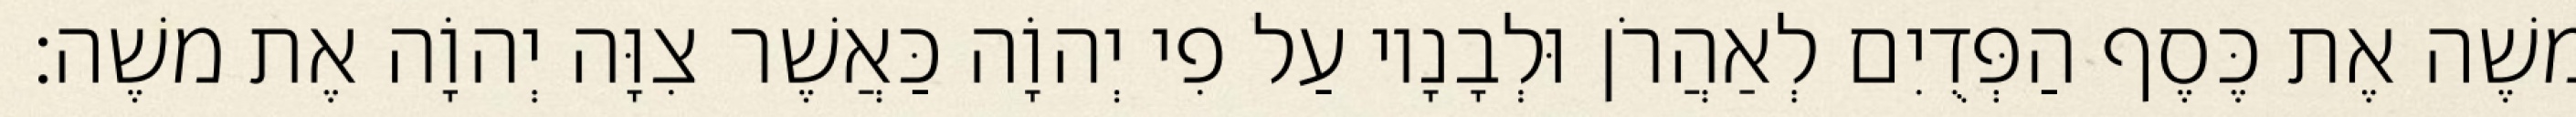
משֶׁה אֶת כֶּסֶף הַפְּדֻיִם לְאַהֲרֹן וּלְבָנָיו עַל פִי יְהוָֹה כַּאֲשֶׁר צִוָּה יְהוָֹה אֶת משֶׁה׃